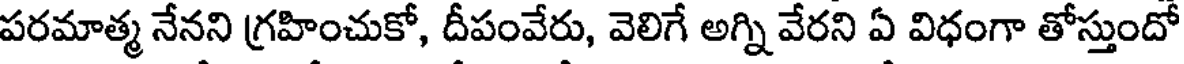
పరమాత్మ నేనని గ్రహించుకో, దీపంవేరు, వెలిగే అగ్ని వేరని ఏ విధంగా తోస్తుందో